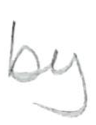
Text: by
Cross-out: clean
Writing tool: pencil